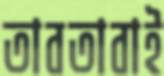
তাবতাবাই